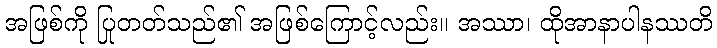
အဖြစ်ကို ပြုတတ်သည်၏ အဖြစ်ကြောင့်လည်း။ အဿာ၊ ထိုအာနာပါနဿတိ